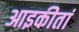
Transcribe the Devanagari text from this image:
आइकीतां